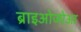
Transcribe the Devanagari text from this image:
ब्राइओजोआ